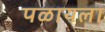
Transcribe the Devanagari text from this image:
पळायला